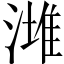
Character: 𣼭